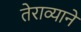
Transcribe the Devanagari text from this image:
तेराव्याने